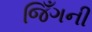
જિઁગની